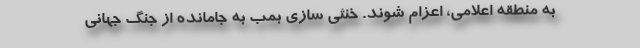
به منطقه اعلامی، اعزام شوند. خنثی سازی بمب به جامانده از جنگ جهانی